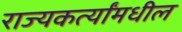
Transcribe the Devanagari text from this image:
राज्यकर्त्यांमधील